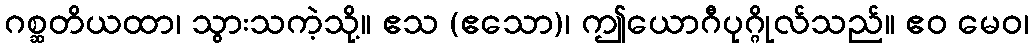
ဂစ္ဆတိယထာ၊ သွားသကဲ့သို့။ ဧသ (ဧသော)၊ ဤယောဂီပုဂ္ဂိုလ်သည်။ ဧဝ မေဝ၊